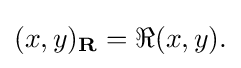
{(x,y)_{\mathbf {R} }=\Re (x,y).}